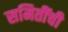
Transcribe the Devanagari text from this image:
समितींची